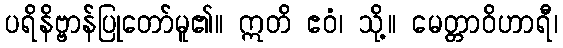
ပရိနိဗ္ဗာန်ပြုတော်မူ၏။ ဣတိ ဧဝံ၊ သို့။ မေတ္တာဝိဟာရီ၊